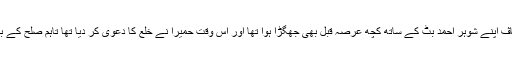
واضح رہے کہ حمیرا ارشد کاڤ اپنے شوہر احمد بٹ کے ساتھ کچھ عرصہ قبل بھی جھگڑا ہوا تھا اور اس وقت حمیرا نے خلع کا دعوی کر دیا تھا تاہم صلح کے بعد دعوی واپس لے لیا گیا تھا۔